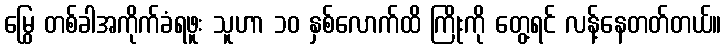
မြွေ တစ်ခါအကိုက်ခံရဖူး သူဟာ ၁၀ နှစ်လောက်ထိ ကြိုးကို တွေ့ရင် လန့်နေတတ်တယ်။